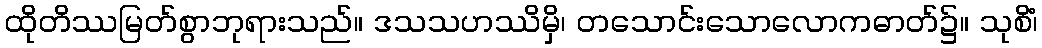
ထိုတိဿမြတ်စွာဘုရားသည်။ ဒသသဟဿိမှိ၊ တသောင်းသောလောကဓာတ်၌။ သုစိံ၊